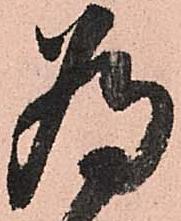
為